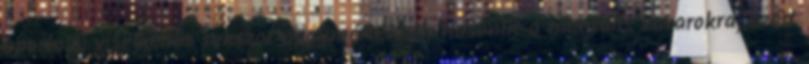
sportolói viselkedés sokszor nagymértékben hasonlít a mentális zavarokra, ezért